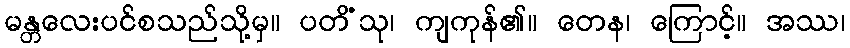
မန္တလေးပင်စသည်သို့မှ။ ပတိံသု၊ ကျကုန်၏။ တေန၊ ကြောင့်။ အဿ၊